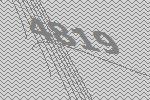
4819